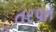
તરપત